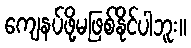
ကျေနပ်ဖို့မဖြစ်နိုင်ပါဘူး။